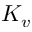
K _ { v }